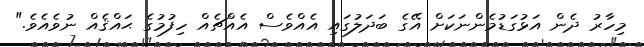
މިހާރު ދެން އަޅުގަޑުމެންނަކަށް އޭގެ ބަދަލުގައި އެއްވެސް އެއްޗެއް ހިފުމުގެ ޙައްޤެއް ނުވެއެވެ."